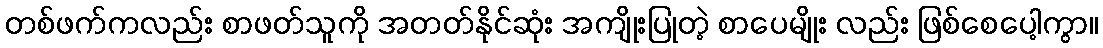
တစ်ဖက်ကလည်း စာဖတ်သူကို အတတ်နိုင်ဆုံး အကျိုးပြုတဲ့ စာပေမျိုး လည်း ဖြစ်စေပေါ့ကွာ။